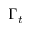
\Gamma _ { t }